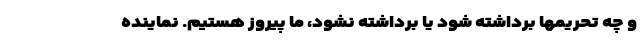
و چه تحریمها برداشته شود یا برداشته نشود، ما پیروز هستیم. نماینده